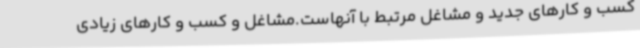
کسب و کارهای جدید و مشاغل مرتبط با آنهاست.مشاغل و کسب و کارهای زیادی